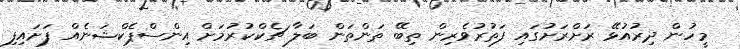
މީހުން ދިރުއުޅޭ ރަށްރަށުގައި ފަތުރުވެރިން ތިބޭ ތަންތަން ބަލާ ޗެކްކުރުމަށް އިންސްޕެކްޝަނެއް ފަށައިފި